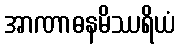
အာဏာဓနမိဿရိယံ